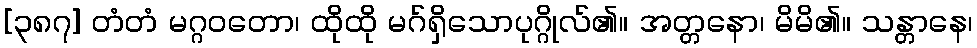
[၃၈၇] တံတံ မဂ္ဂဝတော၊ ထိုထို မဂ်ရှိသောပုဂ္ဂိုလ်၏။ အတ္တနော၊ မိမိ၏။ သန္တာနေ၊